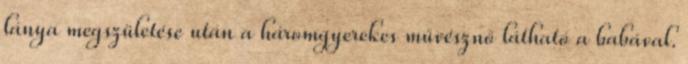
lánya megszületése után a háromgyerekes művésznő látható a babával.